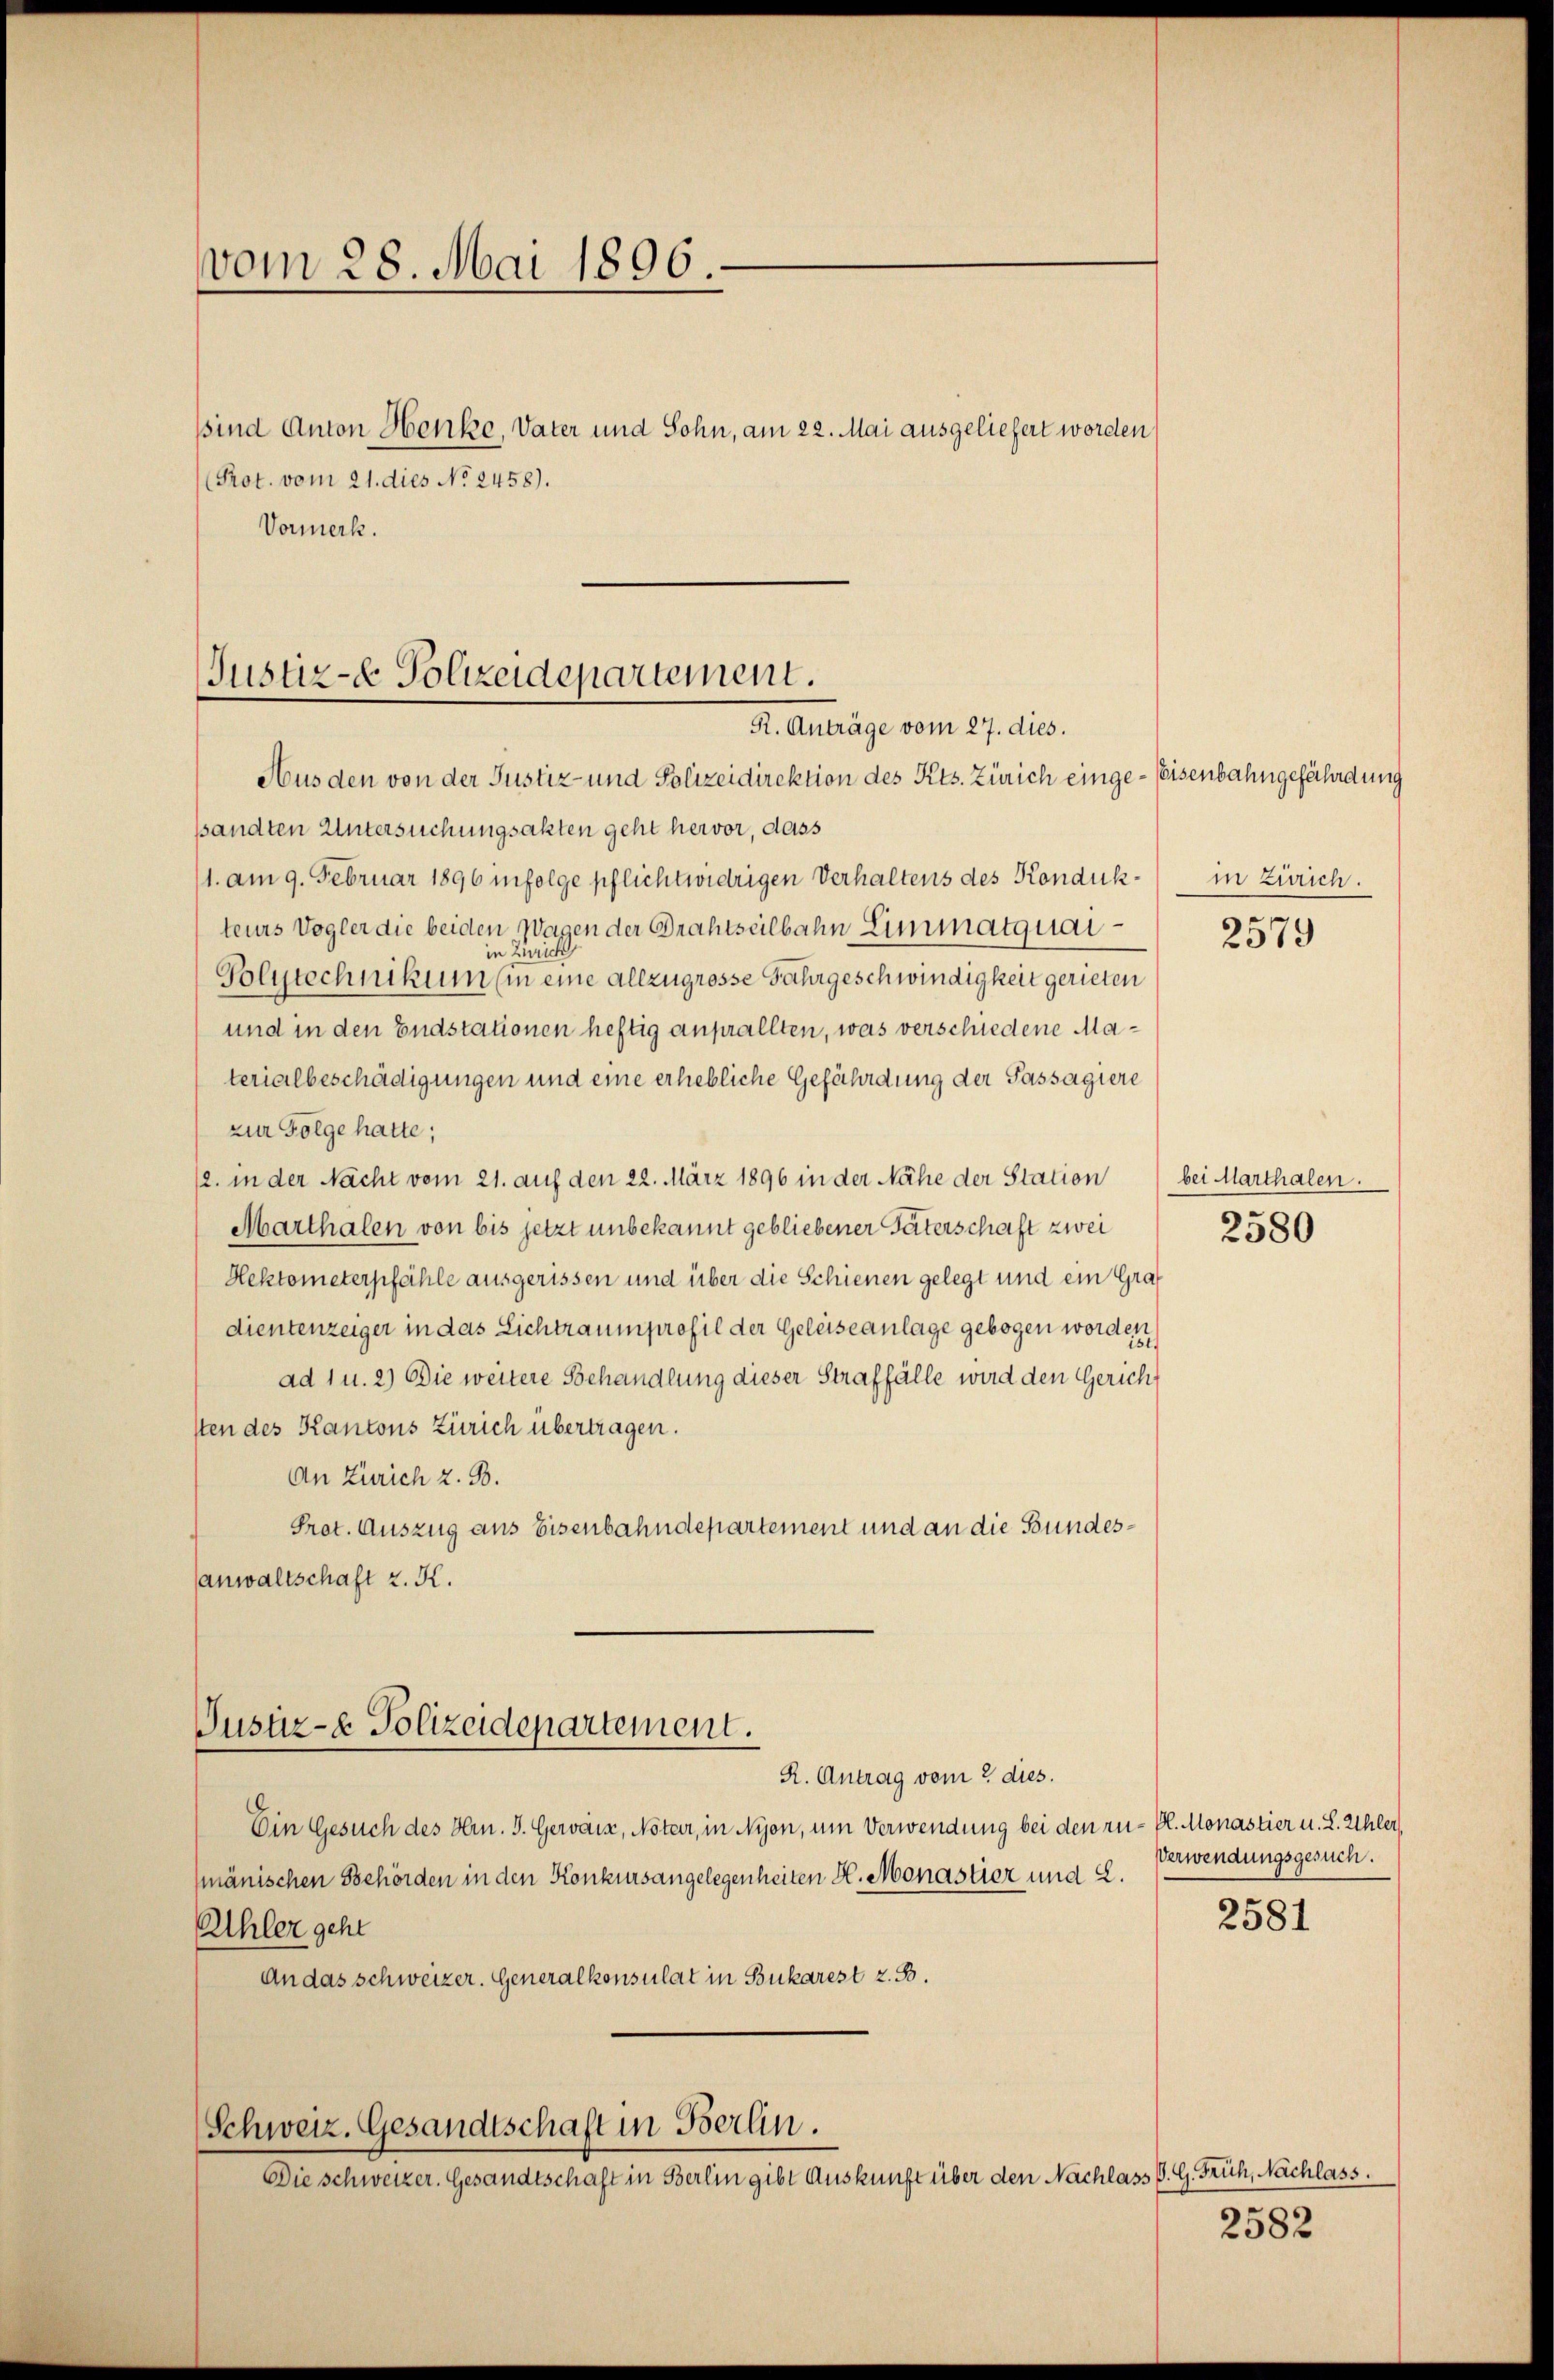
vom 28. Mai 1896.
ssind Anton Henke, Vater und Sohn, am 22. Mai ausgeliefert worden
Prot. vom 21. dies No 2458).
Vormerk.

Justiz- & Polizeidepartement.
R. Anträge vom 27. dies.

Aus den von der Justiz- und Polizeidirektion des Kts. Zürich einge-Eisenbahngefährdung
pandten Untersuchungsakten geht hervor, dass
11. am 9. Februar 1896 infolge pflichtwidrigen Verhaltens des Kondukteurs Vogler die beiden Wagen der Drahtseilbahn Limmatquai
in Zürich
Polytechnikum (in eine allzugrosse Fahrgeschwindigkeit gerieten
und in den Endstationen heftig anprallten, was verschiedene Materialbeschädigungen und eine erhebliche Gefährdung der Passagiere
zur Folge hatte;
12. in der Nacht vom 21. auf den 22. März 1896 in der Nähe der Station bei Marthalen.
Marthalen von bis jetzt unbekannt gebliebener Vaterschaft zwei
Hektometerpfähle ausgerissen und über die Schienen gelegt und ein Graf
dientenzeiger in das Lichtraumprofil der Geleiseanlage gebogen worden,
ad 1 u. 2) Die weitere Behandlung dieser Straffälle wird den Gericht
sten des Kantons Zürich übertragen.
An Zürich z. B.
Prot. Auszug aus Eisenbahndepartement und an die Bundessanwaltschaft z. K.

Justiz- & Polizeidepartement.

Schweiz. Gesandtschaft in Berlin.
Die Schweizer. Gesandtschaft in Berlin gibt Auskunft über den Nachlass d. G. Früh, Nachlass.

R. Antrag vom 2. dies.
Ein Gesuch des Hrn. J. Gewärz, Notar, in Nyon, um Verwendung bei den zu- Pl. Monastier u. L. Ehler,
mänischen Behörden in den Konkursangelegenheiten H. Monastier und 2.
Uhler geht
An das schweizer. Generalkonsulat in Bukarest z. B.

in Zürich.

2579

2580

Verwendungsgesuch.

2581

2582